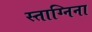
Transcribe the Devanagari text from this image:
स्ताग्निना